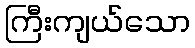
ကြီးကျယ်သော